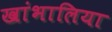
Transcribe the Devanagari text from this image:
खांभालिया